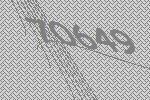
70649